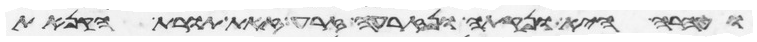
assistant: וטהרה היא ונקתה ונזרעה זרע זאת תורת הקנאת